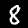
Label: 8